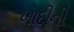
ખાદીની